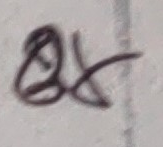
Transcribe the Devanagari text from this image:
४४